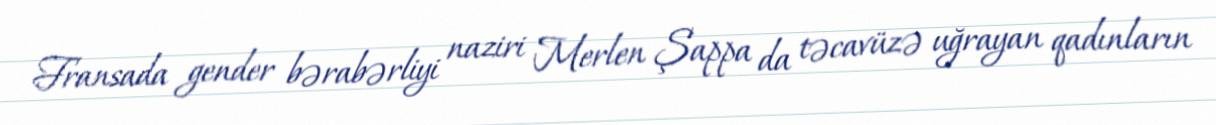
Fransada gender bərabərliyi naziri Merlen Şappa da təcavüzə uğrayan qadınların